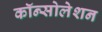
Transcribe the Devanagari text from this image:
कॉन्सोलेशन